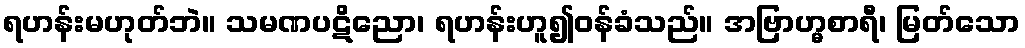
ရဟန်းမဟုတ်ဘဲ။ သမဏပဋိညော၊ ရဟန်းဟူ၍ဝန်ခံသည်။ အဗြာဟ္မစာရီ၊ မြတ်သော